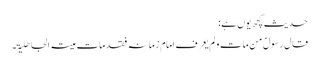
حدیث کچھ یوں ہے:
قال رسولؐ من مات و لم یعرف امام زمانہ فقد مات میتۃ الجاھلیۃ۔